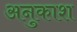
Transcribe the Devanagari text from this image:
अनुकाश